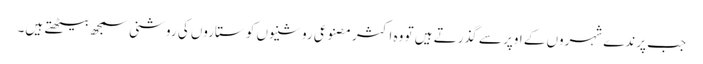
جب پرندے شہروں کے اوپر سے گذرتے ہیں تو وہ اکثر مصنوعی روشنیوں کو ستاروں کی روشنی سمجھ بیٹھتے ہیں۔